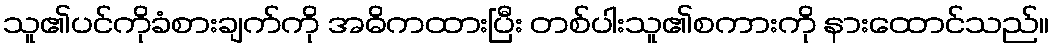
သူ၏ပင်ကိုခံစားချက်ကို အဓိကထားပြီး တစ်ပါးသူ၏စကားကို နားထောင်သည်။